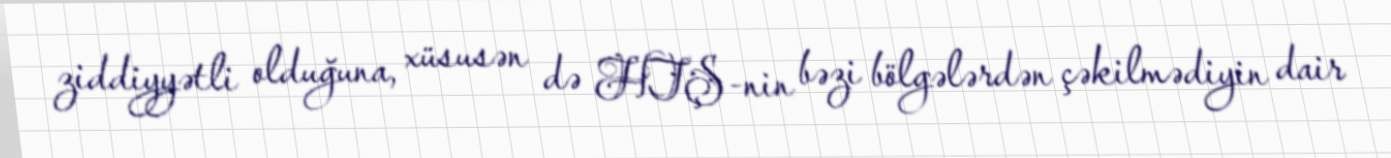
ziddiyyətli olduğuna, xüsusən də HTŞ-nin bəzi bölgələrdən çəkilmədiyin dair